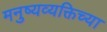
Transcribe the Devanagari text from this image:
मनुष्यव्यक्तिच्या